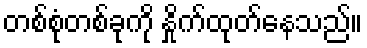
တစ်စုံတစ်ခုကို နှိုက်ထုတ်နေသည်။